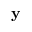
\mathbf { y }